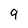
Character: 9